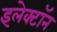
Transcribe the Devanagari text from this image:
इलेक्‍टॉन